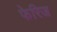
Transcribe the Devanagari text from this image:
फेरिज